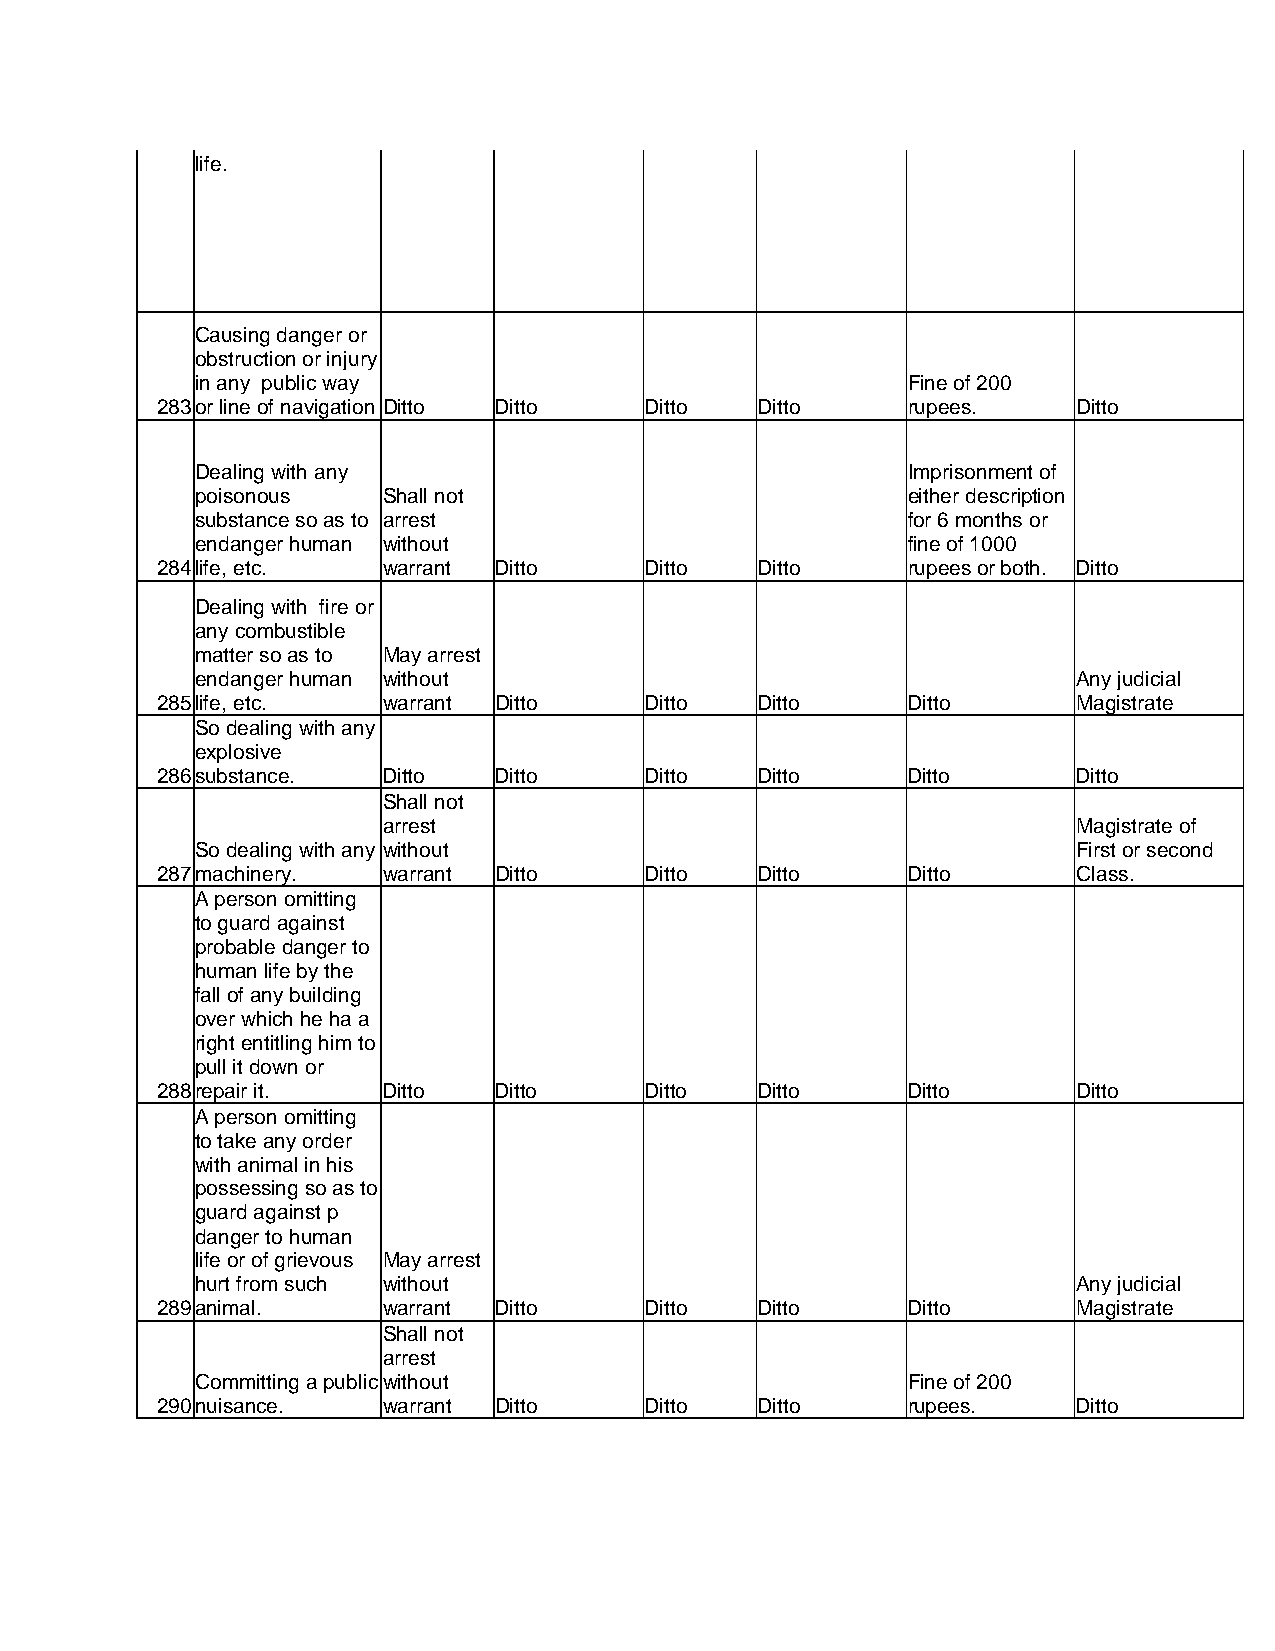
life.
 Causing danger or
 obstruction or injury
 in any public way                              Fine of 200
 283 or line of navigation Ditto Ditto Ditto Ditto rupees.    Ditto
 Dealing with any                               Imprisonment of
 poisonous   Shall not                          either description
 substance so as to arrest                      for 6 months or
 endanger human without                         fine of 1000
 284 life, etc. warrant Ditto     Ditto  Ditto     rupees or both. Ditto
 Dealing with fire or
 any combustible
 matter so as to May arrest
 endanger human without                                    Any judicial
 285 life, etc. warrant Ditto     Ditto  Ditto     Ditto      Magistrate
 So dealing with any
 explosive
 286 substance. Ditto   Ditto     Ditto  Ditto     Ditto      Ditto
 Shall not
 arrest                                        Magistrate of
 So dealing with any without                               First or second
 287 machinery. warrant Ditto     Ditto  Ditto     Ditto      Class.
 A person omitting
 to guard against
 probable danger to
 human life by the
 fall of any building
 over which he ha a
 right entitling him to
 pull it down or
 288 repair it. Ditto   Ditto     Ditto  Ditto     Ditto      Ditto
 A person omitting
 to take any order
 with animal in his
 possessing so as to
 guard against p
 danger to human
 life or of grievous May arrest
 hurt from such without                                    Any judicial
 289 animal.    warrant Ditto     Ditto  Ditto     Ditto      Magistrate
 Shall not
 arrest
 Committing a public without                    Fine of 200
 290 nuisance.  warrant Ditto     Ditto  Ditto     rupees.    Ditto